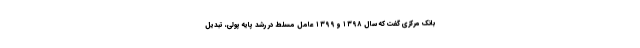
بانک مرکزی گفت که سال ۱۳۹۸ و ۱۳۹۹ عامل مسلط در رشد پایه پولی، تبدیل